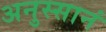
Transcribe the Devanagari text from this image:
अनुस्सानं